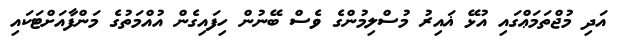
އަދި މުޖްތަމަޢްގައި އުޅޭ ޣައިރު މުސްލިމުންގެ ވެސް ބޭނުން ހިފައިގެން އުއްމަތުގެ މަންފާއަށްޓަކައި